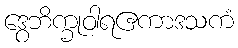
ဒွေဘိက္ခုဝါရဧကာဒသကံ